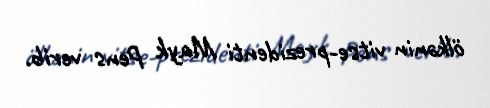
ölkənin vitse-prezidenti Mayk Pens verib.